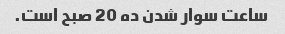
ساعت سوار شدن ده 20 صبح است.